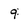
Character: 9